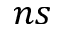
n s